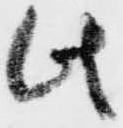
此